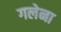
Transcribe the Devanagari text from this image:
गलेना